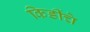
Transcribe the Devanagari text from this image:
किडींचे